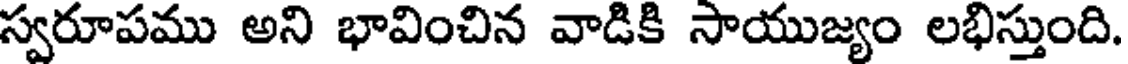
స్వరూపము అని భావించిన వాడికి సాయుజ్యం లభిస్తుంది.